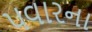
પવારના